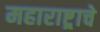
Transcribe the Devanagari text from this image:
महाराष्ट्र्राचे